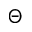
\Theta